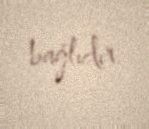
bağlıdır.